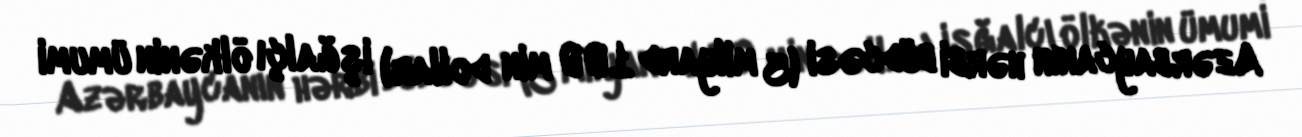
Azərbaycanın hərbi büdcəsi (3 milyard 100 min dollar) işğalçı ölkənin ümumi